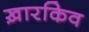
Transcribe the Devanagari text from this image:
ख़ारकिव